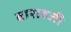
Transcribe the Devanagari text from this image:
वाराहजी